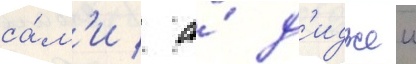
са́м'и / а́ д'иджеи